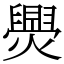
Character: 爂